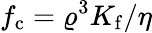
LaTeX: f_{\mathrm{c}}=\varrho^{3}K_{\mathrm{f}}/\eta